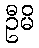
ဦမိ